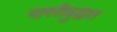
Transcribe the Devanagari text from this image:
नागरीयुद्धात